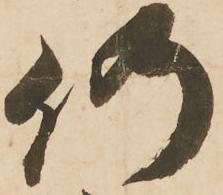
仍